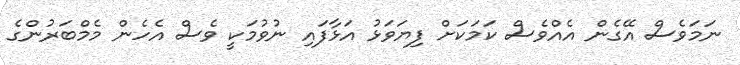
ނަމަވެސް އޭގެން އެއްވެސް ކަމަކަށް ފިޔަވަޅު އަޅާފައި ނުވުމަކީ ވެސް އެހެން މެމްބަރުންގެ